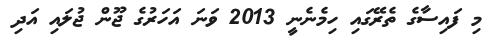
މި ފައިސާގެ ތެރޭގައި ހިމެނެނީ 2013 ވަނަ އަހަރުގެ ޖޫން ޖުލައި އަދި